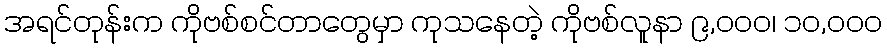
အရင်တုန်းက ကိုဗစ်စင်တာတွေမှာ ကုသနေတဲ့ ကိုဗစ်လူနာ ၉,၀၀၀၊ ၁၀,၀၀၀